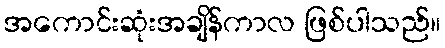
အကောင်းဆုံးအချိန်ကာလ ဖြစ်ပါသည်။